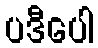
ပဒီပေါ